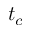
t _ { c }